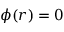
\phi ( r ) = 0